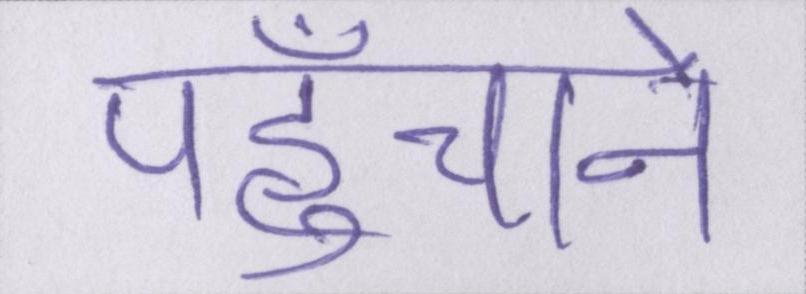
पहुँचाने